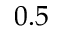
0 . 5